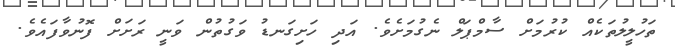
ތަހުލީލުތަކެއް ކުރުމަށް ސާމްޕަލް ނެގުމަށެވެ. އަދި ހަށިގަނޑު ވަގުތުން ވަނީ ރަށަށް ފޮނުވާފައެވެ.